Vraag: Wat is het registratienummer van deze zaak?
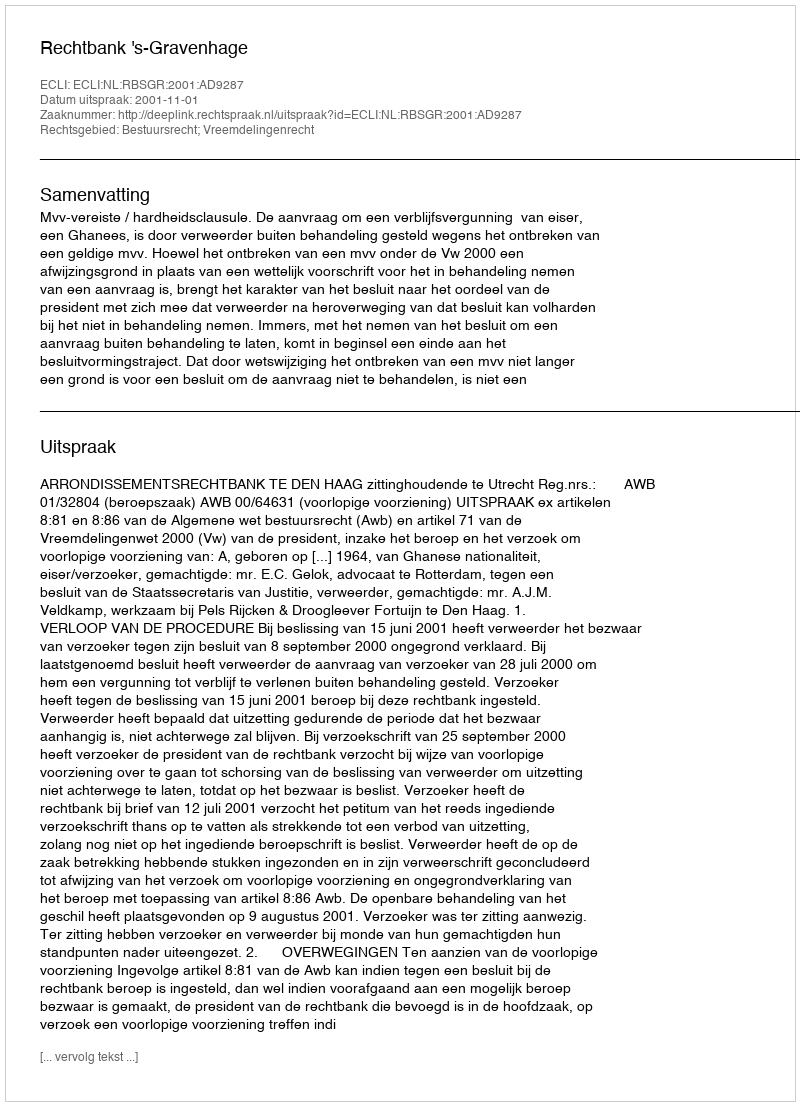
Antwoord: http://deeplink.rechtspraak.nl/uitspraak?id=ECLI:NL:RBSGR:2001:AD9287